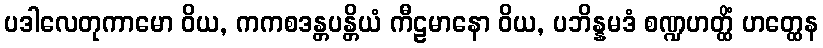
ပဒါလေတုကာမော ဝိယ, ကကစဒန္တပန္တိယံ ကီဠမာနော ဝိယ, ပဘိန္နမဒံ စဏ္ဍဟတ္ထိံ ဟတ္ထေန